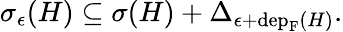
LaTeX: \begin{array}{r}{\sigma_{\epsilon}(H)\subseteq\sigma(H)+\Delta_{\epsilon+\mathrm{dep}_{\mathrm{F}}(H)}.}\end{array}